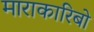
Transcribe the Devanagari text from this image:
माराकारिबो